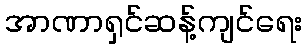
အာဏာရှင်ဆန့်ကျင်ရေး